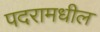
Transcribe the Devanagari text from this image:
पदरामधील